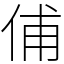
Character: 俌